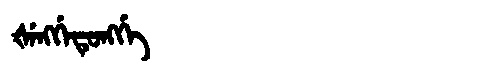
Manchu: ᡧᡝᠩᡤᡝᡨᡠᠩᡤᡝ
Romanization: ŠENGGETUNGGE